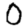
Digit: 0